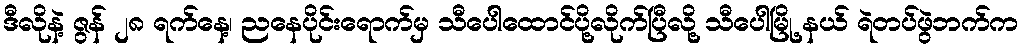
ဒီလိုနဲ့ ဇွန် ၂၈ ရက်နေ့၊ ညနေပိုင်းရောက်မှ သီပေါထောင်ပို့လိုက်ပြီလို့ သီပေါမြို့ နယ် ရဲတပ်ဖွဲဘက်က